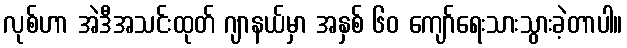
လုစ်ဟာ အဲဒီအသင်းထုတ် ဂျာနယ်မှာ အနှစ် ၆၀ ကျော်ရေးသားသွားခဲ့တာပါ။